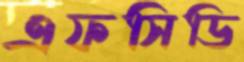
এফসিডি